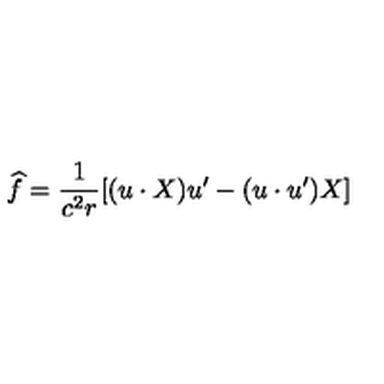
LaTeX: \widehat { f } = \frac 1 { c ^ { 2 } r } [ ( u \cdot X ) u ^ { \prime } - ( u \cdot u ^ { \prime } ) X ]